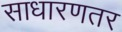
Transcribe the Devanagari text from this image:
साधारणतर